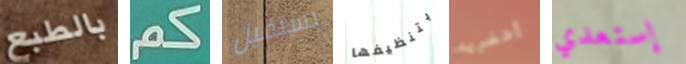
بالطبع كم يستقيل بتنظيفها أحضريه إستعدي